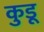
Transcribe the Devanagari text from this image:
कुडू